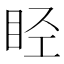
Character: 𬑏